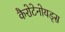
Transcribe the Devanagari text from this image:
कैरोटेनोयड्स